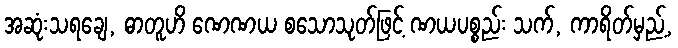
အဆုံးသရချေ, ဓာတူဟိ ဏေဏယ စသောသုတ်ဖြင့် ဏယပစ္စည်း သက်, ကာရိတ်မှည့်,